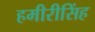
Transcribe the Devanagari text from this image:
हमीरीसिंह